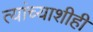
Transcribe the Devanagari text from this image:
त्यांच्याशीही